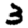
Digit: 3